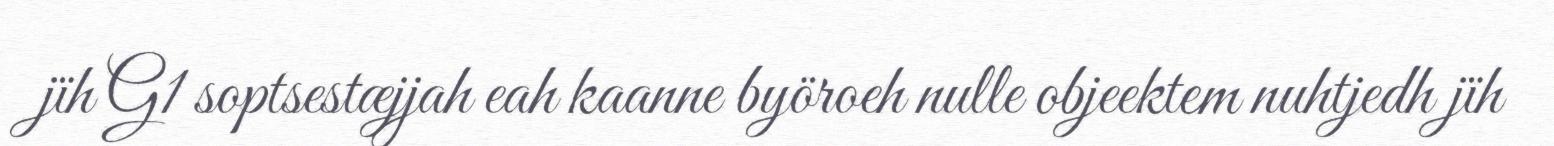
jïh G1 soptsestæjjah eah kaanne byöroeh nulle objeektem nuhtjedh jïh